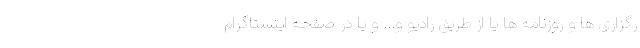
رگزاری ها و روزنامه ها یا از طریق رادیو و... و یا در صفحه اینستاگرام